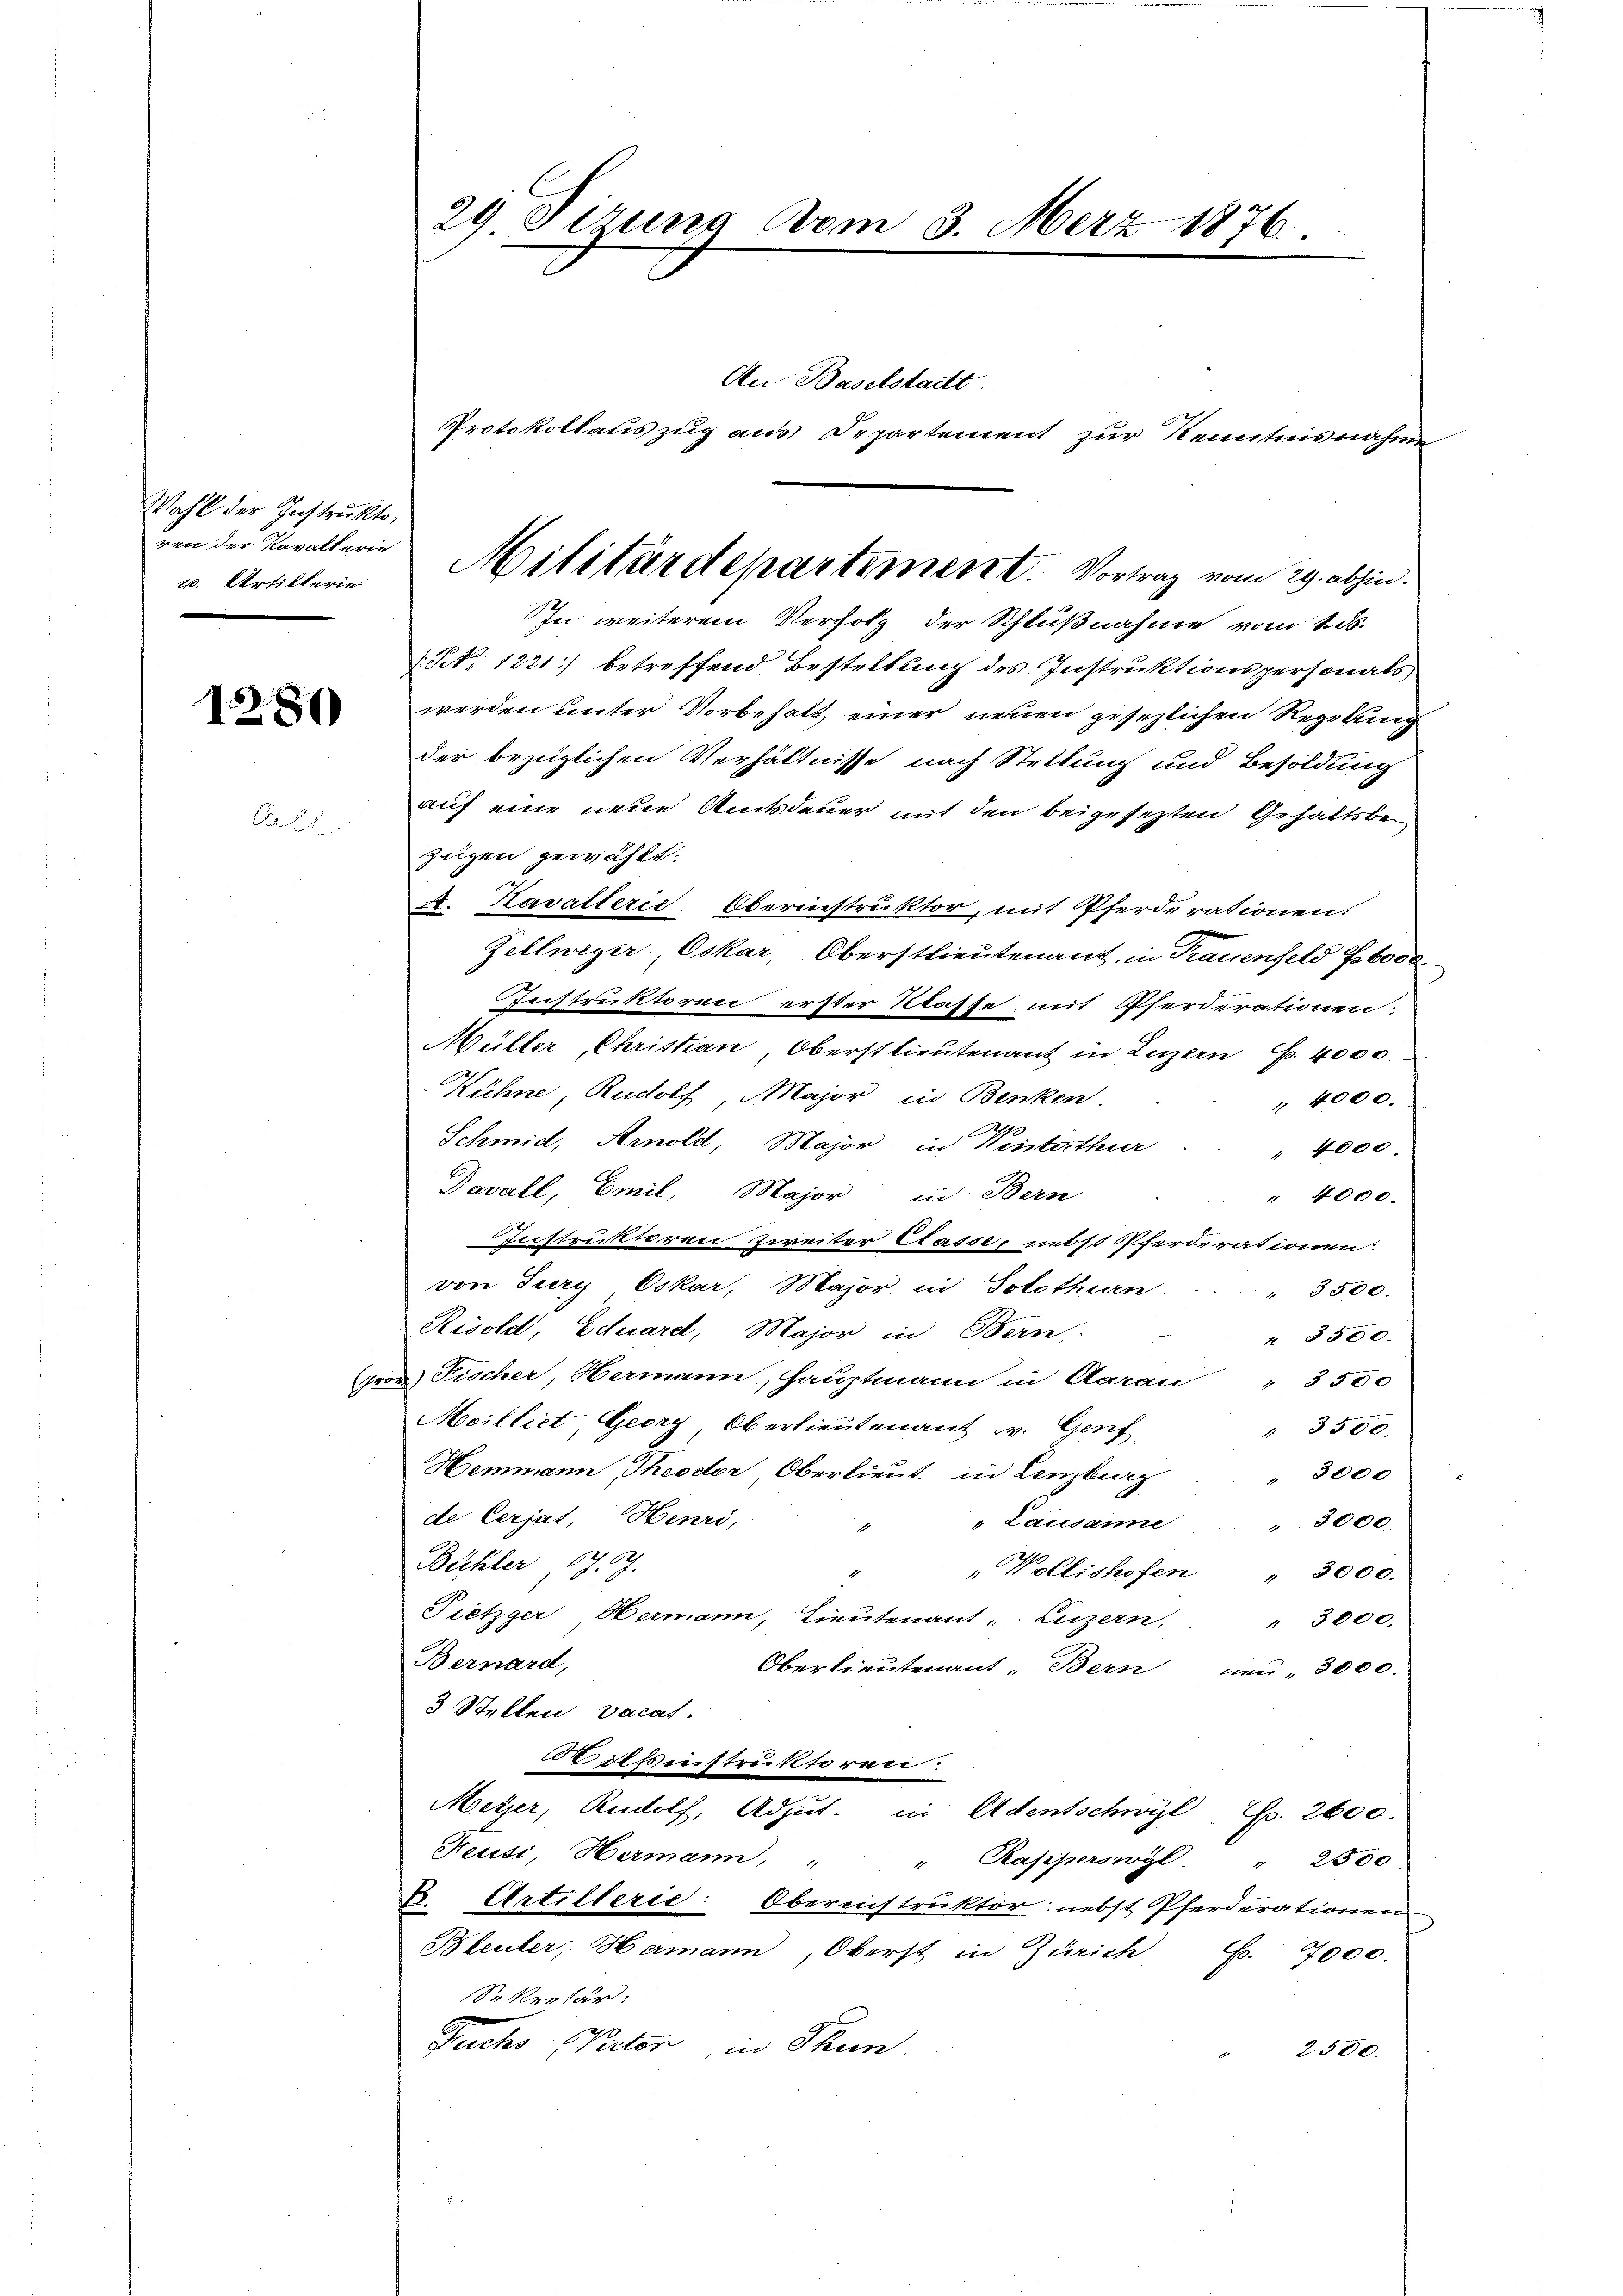
Wahl der Instrukto¬
u. Artillerie

1286)

In weiterem Verfolg der Schlußnahme vom 1. ds.
. N. 1221) betreffend Bestellung des Instruktionspersonats
werden unter Vorbehalt einer neuen gesezlichen Regelung
der bezüglichen Verhältnisse nach Stellung und Besoldung
auf eine neue Amtsdauer mit den beigesezten Gehaltsbezügen gewählt:
A. Kavalleris Obernestruktor, mit Pferderationens
Zellweger Oskar, Oberstlieutenant, in Trauenfeld Ebose.
Instruktoren erster Klasse mit Pferderationen
Müller, Christian, Oberstlieutenant in Luzern Fr. 4000.
Kühne, Rudolf Major in Benken.
" 4000.
Schmid, Arnold, Major, in Weisterthur
" 4000.
Davall, Emil, Major in Bern
" 4000.
Instruktoren Zweiter Kasse, nebst Pferderationen
von Jury Oskar, Major, in Solothurn.
" 3500.
Risolet, Eduard, Major in Bern,
 8500.
pros) Fischer, Hermann, Hauptmann in Aarau " 3500
Mocillict, Georg, Oberlieutenant v. Genf
" 3500.
Hemmann Theodor, Oberlieut. in Lenzburg
" 3000
de Cerjat, Henri,
" Lausame " 3000.
Bühler, 17. J.
"Vollishofen " 3000.
Pietzger, Hermann, Lieutenant Luzern:
4. 3000.
Bernard,
Oberlieutenant, Bern neu- 3000.
3 Stellen Vacat.
oisinstruktoren
Meyer, Rudolf, Adjut. in Adentschwyl, Fr. 2600.
Keusi, Hermann, " " Kasperswyl
" 2500
C. Artillerie: Obernistruktor: nebst Pferderationen
Bleuler, Hermann, Oberst in Zürich C. 7000.
Sr kretär:
Fuchs Pector, in Thun.
2500.

29 Firung vom 3. März 1876.

Protokollauszug aus Departement zur Kenntnisnahm

An Baselstadt

ren der Vorallerie Militärdepartiment. Vortrag vom 29. abhin¬